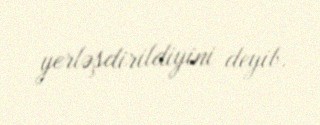
yerləşdirildiyini deyib.